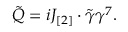
\tilde { Q } = i J _ { [ 2 ] } \cdot \tilde { \gamma } \gamma ^ { 7 } .